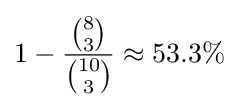
1-{\frac {\binom {8}{3}}{\binom {10}{3}}}\approx 53.3\%